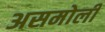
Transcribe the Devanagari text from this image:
असमोली